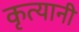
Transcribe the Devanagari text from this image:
कृत्यानी